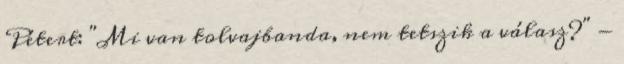
Pétert: "Mi van tolvajbanda, nem tetszik a válasz?" -